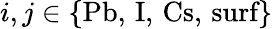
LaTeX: i,j\in\{ \textrm{Pb},\, \textrm{I},\, \textrm{Cs},\, \textrm{surf}\}